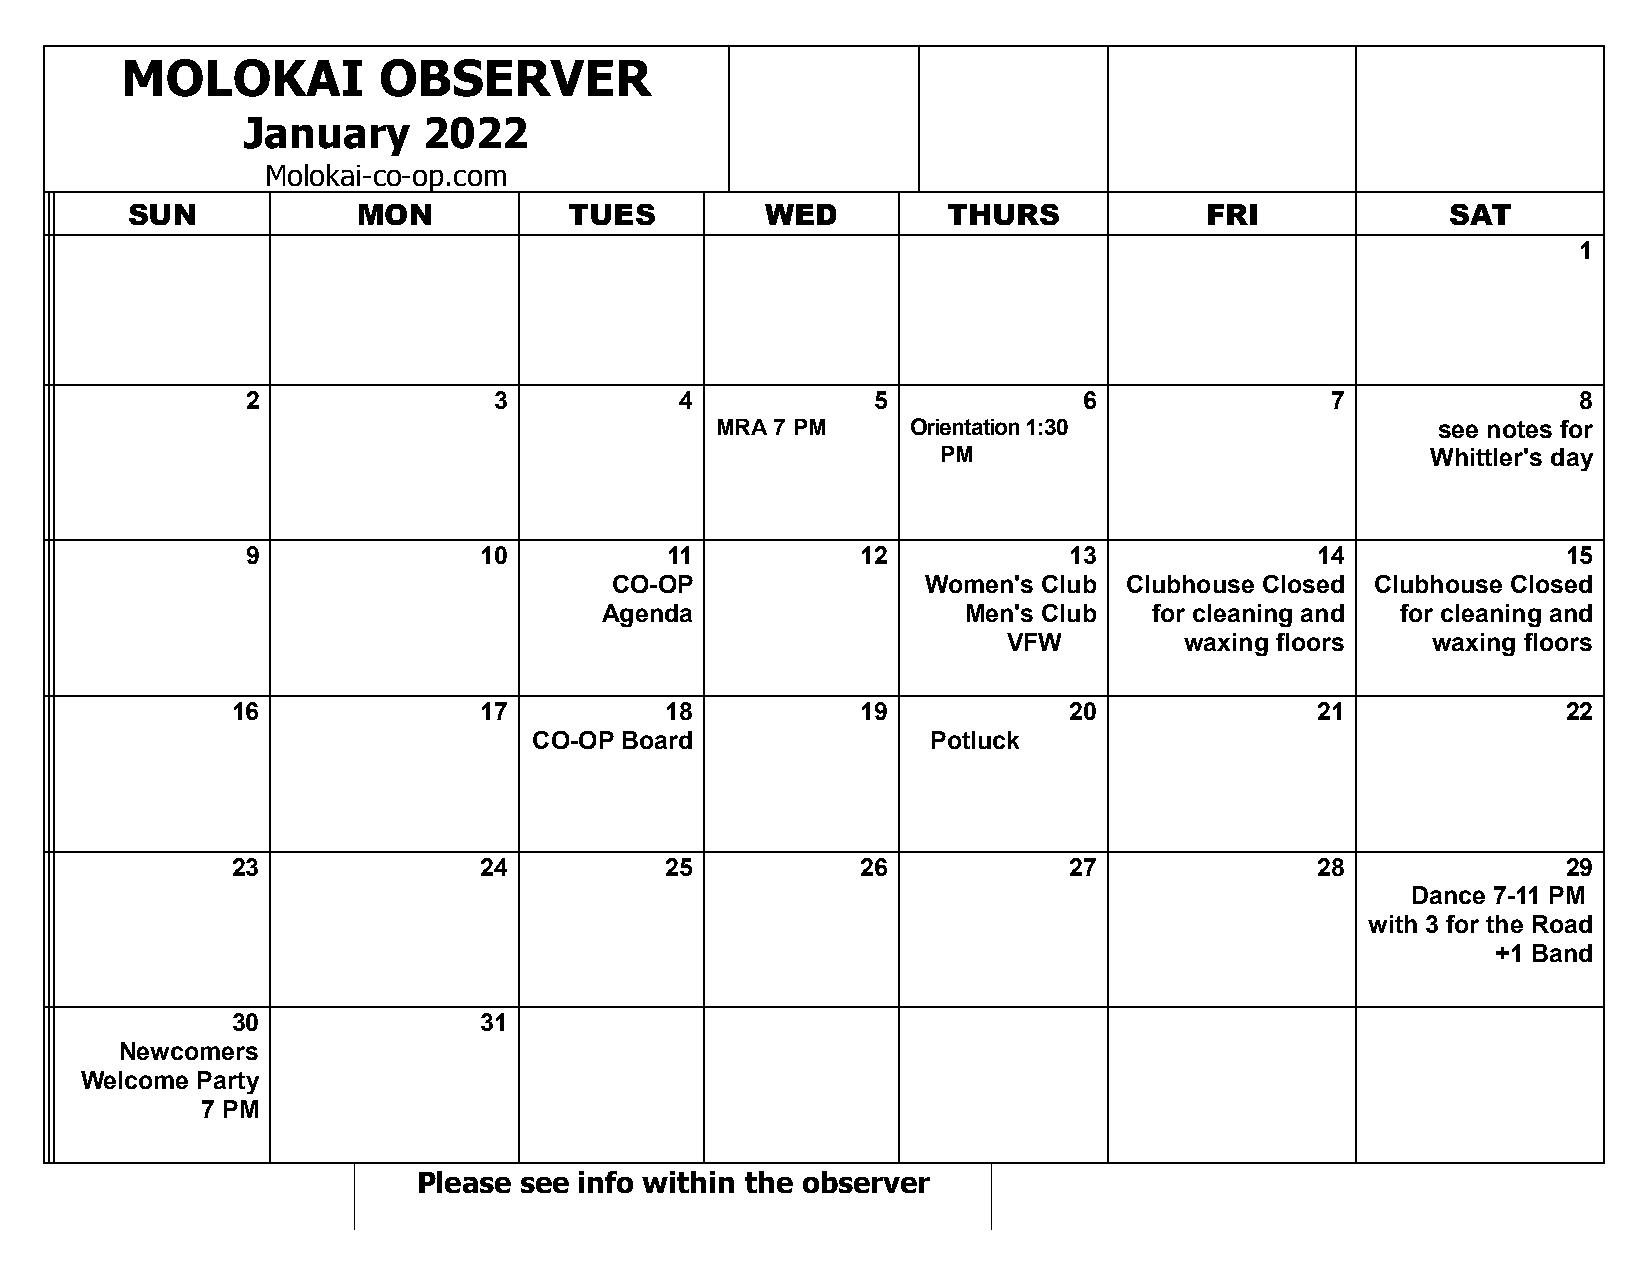
MOLOKAI          OBSERVER
 January     2022
 Molokai-co-op.com
 SUN             MON           TUES         WED         THURS            FRI             SAT
 1
 2                3           4            5             6               7                8
 MRA 7 PM     Orientation 1:30                   see notes for
 PM                               Whittler's day
 9               10          11           12            13              14               15
 CO-OP                Women's Club Clubhouse Closed Clubhouse Closed
 Agenda                  Men's Club  for cleaning and for cleaning and
 VFW        waxing floors    waxing floors
 16               17          18           19            20              21               22
 CO-OP Board                Potluck
 23               24          25           26            27              28               29
 Dance 7-11 PM
 with 3 for the Road
 +1 Band
 30               31
 Newcomers
 Welcome Party
 7 PM
 Please see info within the observer